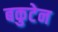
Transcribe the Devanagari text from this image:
बकुटेन